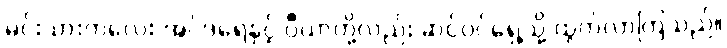
မင်းသားကလေး အင်ဒရေနှင့် ပီယာတို့လည်း ဆင်ဝင်ရှေ့သို့ ထွက်လာကြသည်။